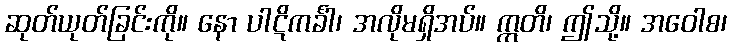
ဆုတ်ယုတ်ခြင်းကို။ နော ပါဋိကင်္ခါ၊ အလိုမရှိအပ်။ ဣတိ၊ ဤသို့။ အဝေါစ၊